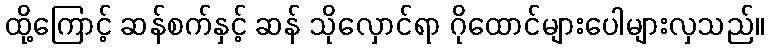
ထို့ကြောင့် ဆန်စက်နှင့် ဆန် သိုလှောင်ရာ ဂိုထောင်များပေါများလှသည်။